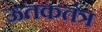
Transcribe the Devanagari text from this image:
ऊतकतंत्र